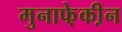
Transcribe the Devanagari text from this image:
मुनाफे़की़न